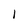
Character: l